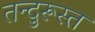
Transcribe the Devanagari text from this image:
तन्दुरूस्त